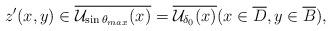
LaTeX: \begin{align*}z'(x, y) \in \overline{{\mathcal U}_{\sin\theta_{max}}(x)} = \overline{{\mathcal U}_{\delta_0}(x)}(x \in \overline{D}, y \in \overline{B}), \end{align*}